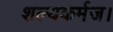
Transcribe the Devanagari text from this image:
शल्यकर्मज।